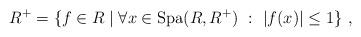
LaTeX: \begin{align*}R^+ = \{f\in R\mid \forall x\in \mathrm{Spa}(R,R^+)\ :\ |f(x)|\leq 1\}\ ,\end{align*}